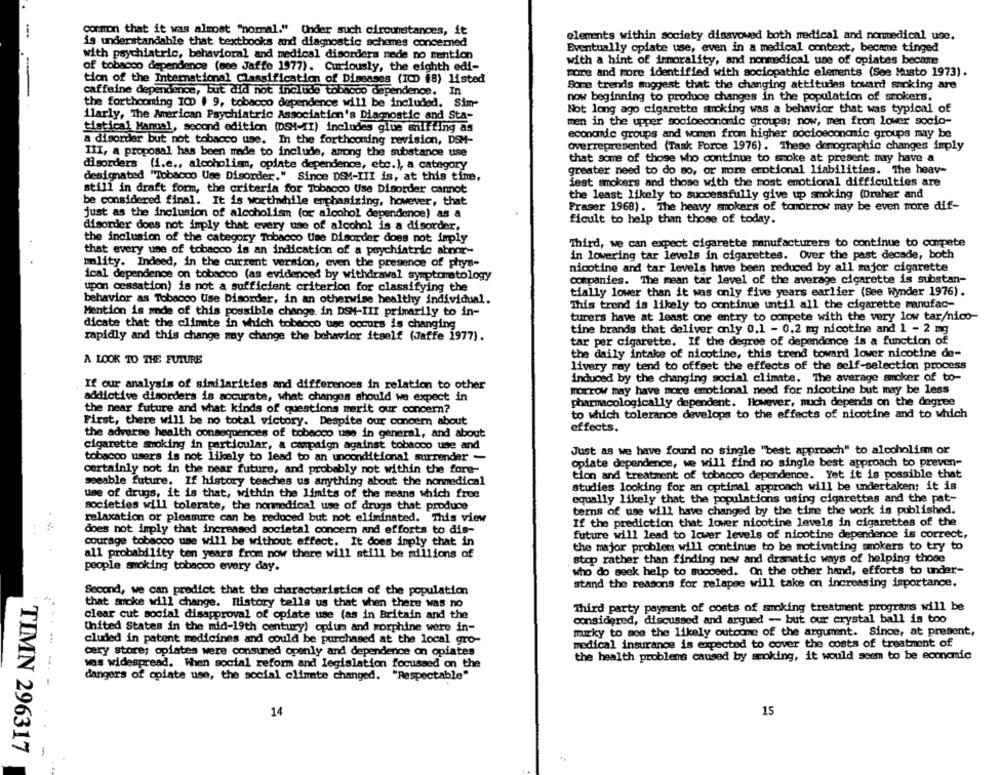
common that it was almost "nomal." Under such circumstances, it
elements within society disavowed both medical and nonmedical use.
is understandable that textbooks and diagnostic schemes concerned
with psychiatric, behavioral and medical disorders mede no mention
Eventually opiate use, even in a medical context, became tinged
with a hint of irmorality, and nonmedical use of opiates becine
of tobacco dependence (see Jaffe 1977). Curiously, the eighth edi-
more and more identified with sociopathic elements (See Musto 1973).
tion of the International Classification of Diseases (ICD 18) listed
Some trends suggest that the changing attitudes toward smoking are
caffeine dependence, but did not Include tobacco dependence. In
now beginning to produce changes in the population of stokers.
the forthcoming ICD 1 9, tobacco dependence will be included. Sim-
ilarly, The American Psychiatric Association's Diagnostic and Sta-
Not long ago cigarette smoking was a behavior that was typical of
men in the upper socioeconomic groups; now, men from lower socio-
tistical Manual, second edition (DSM-II) includes giue sniffing as
economic groups and women from higher socioeconomic groups may be
a disorder but not tobacco use. In the forthcoming revision, DSM-
overrepresented (Task Force 1976). These demographic changes imply
III, a proposal has been made to include, among the substance use
that some of those who continue to smoke at present may have a
disorders (i.e ., alcoholismn, oplate dependence, etc.), a category
greater need to do so, or more emotional liabilities. The heav-
designated "Tobacco Use Disorder." Since DSM-III is, at this time,
fest smokers and those with the most emotional difficulties are
still in draft form, the criteria for Tobacco Use Disorder cannot
the least likely to successfully give up smoking (Dreher and
be considered final. It is worthchile emphasizing, however, that
Fraser 1968). The heavy smokers of tomorrow may be even more dif-
just as the inclusion of alcoholism (or alcohol dependence) as a
ficult to help than those of today.
disorder does not imply that every use of alcohol is a disorder,
the inclusion of the category Tobacco time Disorder does not imply
Third, we can expect cigarette manufacturers to continue to compete
that every use of tobacco is an indication of a psychiatric abnor-
in lowering tar levels in cigarettes. Over the past decade, both
Ility. Indeed, in the current version, even the presence of phys-
nicotine and tar levels have been reduced by all major cigarette
ical dependence on tobacco (as evidenced by withdrawal symptomatology
companies. The mean tar level of the average cigarette is substan-
upon cessation) is not a sufficient criterion for classifying the
tially lower than it was only five years earlier (See Wynder 1976).
behavior as Tobacco Use Disorder, in an otherwise healthy individual.
This trend is likely to continue until all the cigarette manufac-
Mention is made of this possible change. in DSM-III primarily to in-
turers have at least one entry to compete with the very low tar/nico-
dicate that the climate in which tobacco use occurs is changing
tine brands that deliver only 0.1 - 0.2 mg nicotine and 1 - 2 mg
rapidly and this change may change the behavior itself (Jaffe 1977).
tar per cigarette. If the degree of dependence is a function of
the daily intake of nicotine, this trend toward lower nicotine de-
A LOOK TO THE FUTURE
livery may tend to offset the effects of the self-selection process
induced by the changing social climate. The average smoker of to-
If our analysis of similarities and differences in relation to other
morrow may have more emotional need for nicotine but may be less
addictive disorders is accurate, what changes should we expect in
pharmacologically dependent. However, much depends on the degree
the near future and what kinds of questions marit our concern?
to which tolerance develops to the effects of nicotine and to which
First, there will be no total victory. Despite our concern about
the adverse health consequences of tobacco use in general, and about
effects.
cigarette smoking in particular, a campaign against tobacco use and
Just as we have found no single "best approach" to alcoholim or
tobacco users is not likely to lead to an unconditional surrender -
opiate dependence, we will find no single best approach to preven-
certainly not in the near future, and probably not within the fore-
tion and treatment of tobacco dependence. Yet it is possible that
seeable future. If history teaches us anything about the nonmedical
studies looking for an optimal approach will be undertaken; it is
use of drugs, it is that, within the limits of the means which free
equally likely that the populations using cigarettes and the pat-
societies will tolerate, the nonmedical use of drugs that produce
terms of use will have changed by the time the work is published.
relaxation or pleasure can be reduced but not eliminated. This view
If the prediction that lower nicotine levels in cigarettes of the
does not imply that increased societal concern and efforts to dis-
future will lead to lower levels of nicotine dependence is correct,
courage tobacco use will be without effect. It does imply that in
the major problem will continue to be motivating smokers to try to
all probability ten years from now there will still be millions of
stop rather than finding new and dramatic ways of helping those
people smoking tobacco every day.
who do seek help to succeed. On the other hand, efforts to under-
stand the reasons for relapse will take on increasing importance.
Second, we can predict that the characteristics of the population
that smoke will change. History tells us that when there was no
Third party payment of costs of smoking treatment programs will be
clear cut social disapproval of opiate use (as in Britain and the
considered, discussed and argued - but our crystal ball is too
United States in the mid-19th century) opium and morphine were in-
murky to see the likely outcome of the argument. Since, at present,
cluded in patent medicines and could be purchased at the local gro-
medical insurance is expected to cover the costs of treatment of
cery store; opiates were consumed openly and dependence on opiates
the health problems caused by smoking, it would seem to be economic
was widespread. When social reform and legislation focussed on the
.-- --
dangers of opiate use, the social climate changed. "Respectable"
14
15
TIMN 296317
-